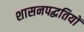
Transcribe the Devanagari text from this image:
शासनपद्धतियों